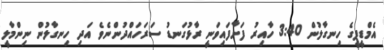
އެމްޑީޕީގެ ހިނގާލުން 3:40 ހާއިރު ފަށާފައިވަނީ ރާޅުގަނޑު ސަރަހައްދުންނެވެ އަދި ހިނގާލުން ނިންމާލީ